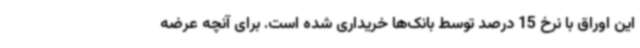
این اوراق با نرخ 15 درصد توسط بانک‌ها خریداری شده است. برای آنچه عرضه